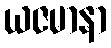
ယဇမာနာ